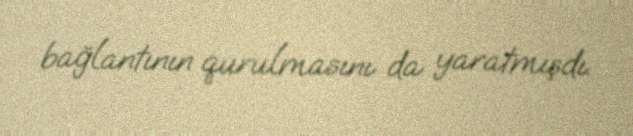
bağlantının qurulmasını da yaratmışdı.